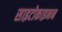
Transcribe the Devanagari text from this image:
साइटोकाइनन